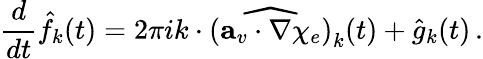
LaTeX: \frac{d}{dt}\hat{f}_{k}(t)=2\pi ik\cdot\widehat{(\mathbf{a}_{v}\cdot\nabla\chi_{e})}_{k}(t)+\hat{g}_{k}(t)\, .